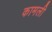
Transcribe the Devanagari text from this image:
कामली